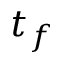
t _ { f }